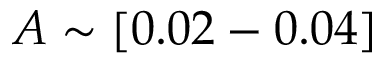
A \sim [ 0 . 0 2 - 0 . 0 4 ]